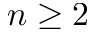
n \geq 2